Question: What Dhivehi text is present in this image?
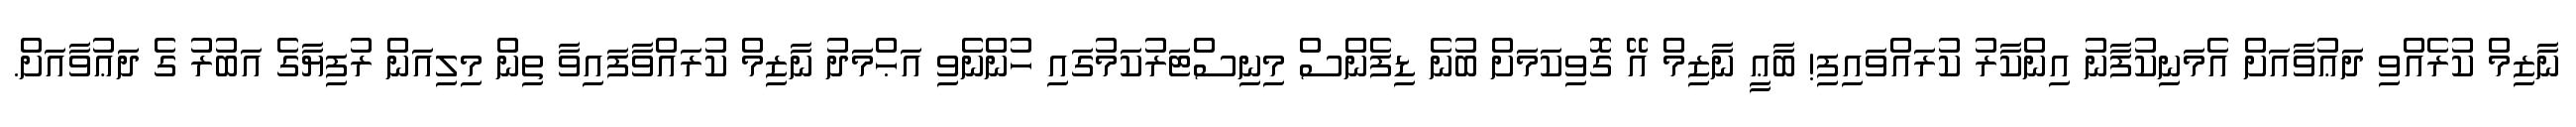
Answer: ނާޒިމް ކުރެއްވި ދަޢުވާއަށް އެމަނިކުފާނު އިންކާރު ކުރައްވައިފި! ބާޢީ ނާޒިމް އޭ ގޮވިކަމަށް ބުނެ ޑިފެންސް މިނިސްޓަރުކަމުގައި ހުންނެވި އަޙްމަދު ނާޒިމް ކުރައްވާފައިވާ ތިން މިލިއަން ރުފިޔާގެ އަބުރު ގެ ދަޢުވާއަށް.